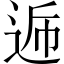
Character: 𮞏